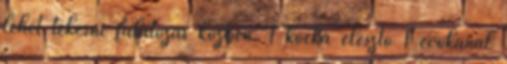
lehet tekerni falatozás közben. 1 kocka élesztő 1 evőkanál